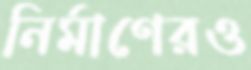
নির্মাণেরও